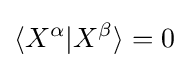
\langle X^{\alpha }|X^{\beta }\rangle =0